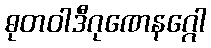
ဓုတဝါဒီဂုဏေနဂ္ဂေါ